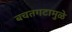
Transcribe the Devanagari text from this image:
बचतगटामुळे